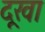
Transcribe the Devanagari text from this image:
दूखा